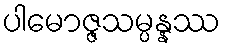
ပါမောဇ္ဇသမ္ပန္နဿ